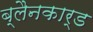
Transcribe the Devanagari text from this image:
ब्लैनकार्ड